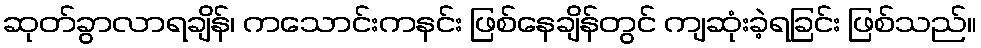
ဆုတ်ခွာလာရချိန်၊ ကသောင်းကနင်း ဖြစ်နေချိန်တွင် ကျဆုံးခဲ့ရခြင်း ဖြစ်သည်။